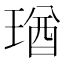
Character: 㻥